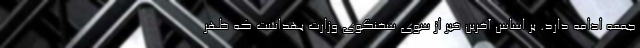
جمعه ادامه دارد. بر اساس آخرین خبر از سوی سخنگوی وزارت بهداشت که ظهر